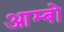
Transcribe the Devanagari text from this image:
आम्बो